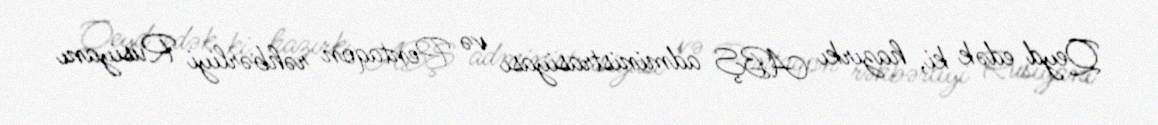
Qeyd edək ki, hazırkı ABŞ administrasiyası və Pentaqon rəhbərliyi Rusiyanı